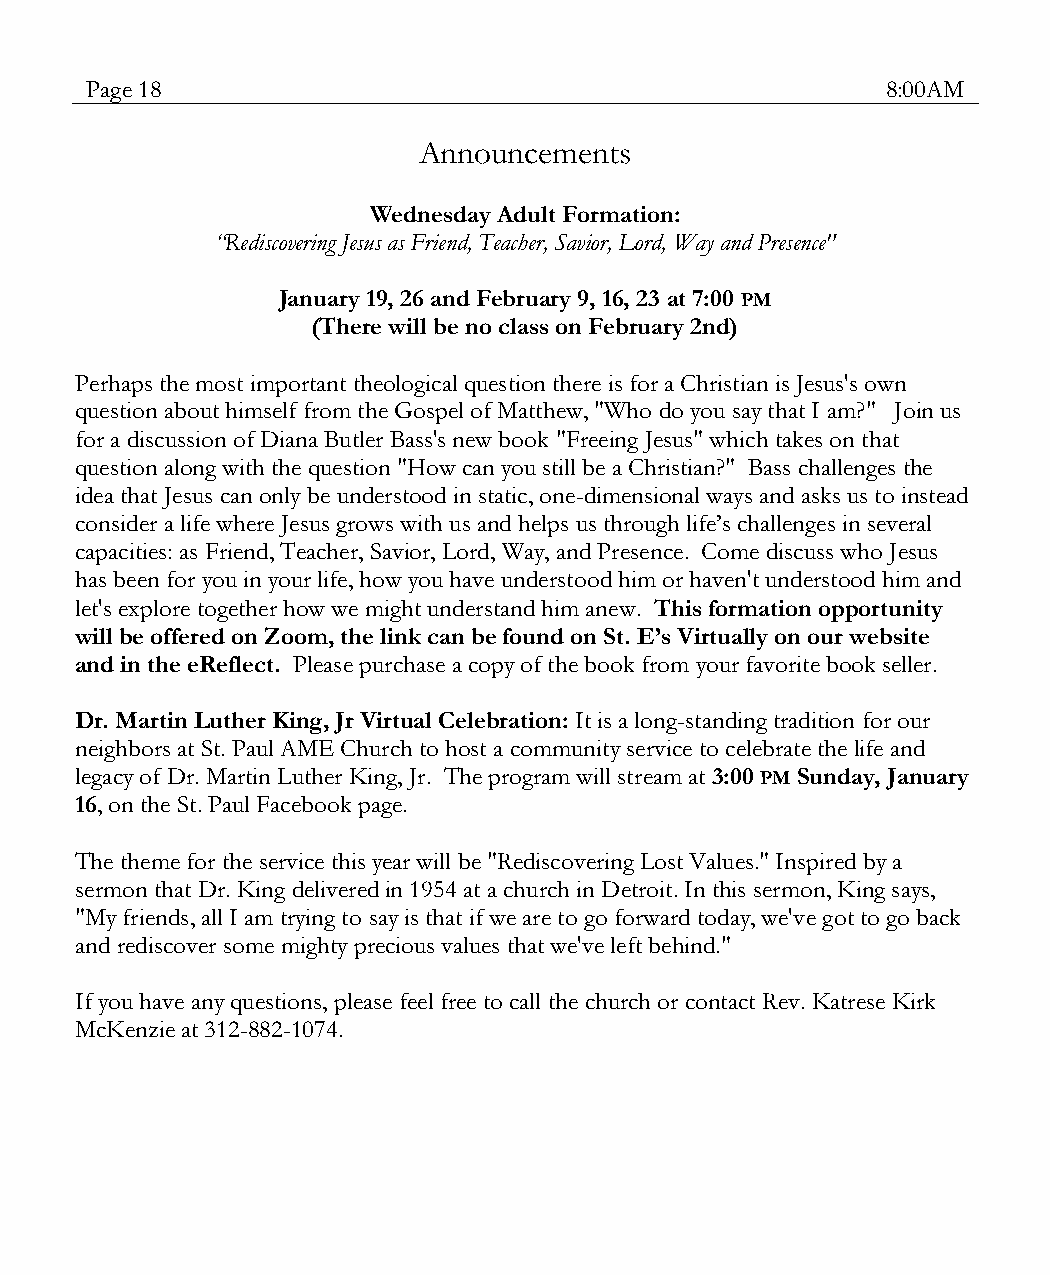
Page 18                                              8:00AM
 Announcements
 Wednesday Adult Formation:
 “Rediscovering Jesus as Friend, Teacher, Savior, Lord, Way and Presence"
 January 19, 26 and February 9, 16, 23 at 7:00 PM
 (There will be no class on February 2nd)
 Perhaps the most important theological question there is for a Christian is Jesus's own
 question about himself from the Gospel of Matthew, "Who do you say that I am?" Join us
 for a discussion of Diana Butler Bass's new book "Freeing Jesus" which takes on that
 question along with the question "How can you still be a Christian?" Bass challenges the
 idea that Jesus can only be understood in static, one-dimensional ways and asks us to instead
 consider a life where Jesus grows with us and helps us through life’s challenges in several
 capacities: as Friend, Teacher, Savior, Lord, Way, and Presence. Come discuss who Jesus
 has been for you in your life, how you have understood him or haven't understood him and
 let's explore together how we might understand him anew. This formation opportunity
 will be offered on Zoom, the link can be found on St. E’s Virtually on our website
 and in the eReflect. Please purchase a copy of the book from your favorite book seller.
 Dr. Martin Luther King, Jr Virtual Celebration: It is a long-standing tradition for our
 neighbors at St. Paul AME Church to host a community service to celebrate the life and
 legacy of Dr. Martin Luther King, Jr. The program will stream at 3:00 PM Sunday, January
 16, on the St. Paul Facebook page.
 The theme for the service this year will be "Rediscovering Lost Values." Inspired by a
 sermon that Dr. King delivered in 1954 at a church in Detroit. In this sermon, King says,
 "My friends, all I am trying to say is that if we are to go forward today, we've got to go back
 and rediscover some mighty precious values that we've left behind."
 If you have any questions, please feel free to call the church or contact Rev. Katrese Kirk
 McKenzie at 312-882-1074.